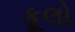
કૂલો